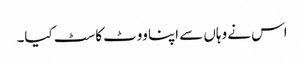
اس نے وہاں سے اپنا ووٹ کاسٹ کیا۔